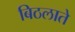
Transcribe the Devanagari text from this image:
बिठलाते